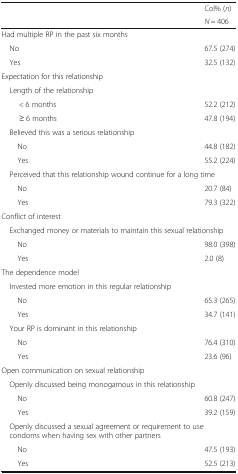
| <ROWSPAN=2>  | Col% (n) |
 | N = 406 |
 | --- | --- |
 | <COLSPAN=2> Had multiple RP in the past six months |
 | No | 67.5 (274) |
 | Yes | 32.5 (132) |
 | <COLSPAN=2> Expectation for this relationship |
 | <COLSPAN=2> Length of the relationship |
 | < 6 months | 52.2 (212) |
 | ≥ 6 months | 47.8 (194) |
 | <COLSPAN=2> Believed this was a serious relationship |
 | No | 44.8 (182) |
 | Yes | 55.2 (224) |
 | <COLSPAN=2> Perceived that this relationship wound continue for a long time |
 | No | 20.7 (84) |
 | Yes | 79.3 (322) |
 | <COLSPAN=2> Conflict of interest |
 | <COLSPAN=2> Exchanged money or materials to maintain this sexual relationship |
 | No | 98.0 (398) |
 | Yes | 2.0 (8) |
 | <COLSPAN=2> The dependence model |
 | <COLSPAN=2> Invested more emotion in this regular relationship |
 | No | 65.3 (265) |
 | Yes | 34.7 (141) |
 | <COLSPAN=2> Your RP is dominant in this relationship |
 | No | 76.4 (310) |
 | Yes | 23.6 (96) |
 | <COLSPAN=2> Open communication on sexual relationship |
 | <COLSPAN=2> Openly discussed being monogamous in this relationship |
 | No | 60.8 (247) |
 | Yes | 39.2 (159) |
 | <COLSPAN=2> Openly discussed a sexual agreement or requirement to use condoms when having sex with other partners |
 | No | 47.5 (193) |
 | Yes | 52.5 (213) |